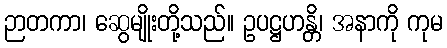
ဉာတကာ၊ ဆွေမျိုးတို့သည်။ ဥပဋ္ဌဟန္တိ၊ အနာကို ကုမ